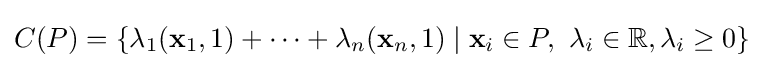
C(P)=\{\lambda _{1}({\textbf {x}}_{1},1)+\cdots +\lambda _{n}({\textbf {x}}_{n},1)\mid {\textbf {x}}_{i}\in P,\ \lambda _{i}\in \mathbb {R} ,\lambda _{i}\geq 0\}